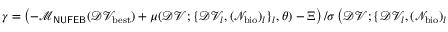
\gamma = \left( - \mathcal { M } _ { \sf N U F E B } ( \mathcal { D V } _ { \mathrm { b e s t } } ) + \mu ( \mathcal { D V } ; \{ \mathcal { D V } _ { l } , ( \mathcal { N } _ { \mathrm { b i o } } ) _ { l } \} _ { l } , \theta ) - \Xi \right) / \sigma \left( \mathcal { D V } ; \{ \mathcal { D V } _ { l } , ( \mathcal { N } _ { \mathrm { b i o } } ) _ { l } \} _ { l } , \theta \right)